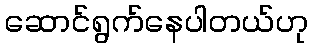
ဆောင်ရွက်နေပါတယ်ဟု